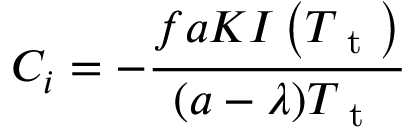
C _ { i } = - \frac { f a K I \left( T _ { \mathrm { ~ t ~ } } \right) } { ( a - \lambda ) T _ { \mathrm { ~ t ~ } } }